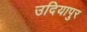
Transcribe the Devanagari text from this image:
उदियापुर